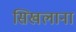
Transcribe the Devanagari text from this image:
सिखलाना